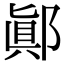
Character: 𨝊